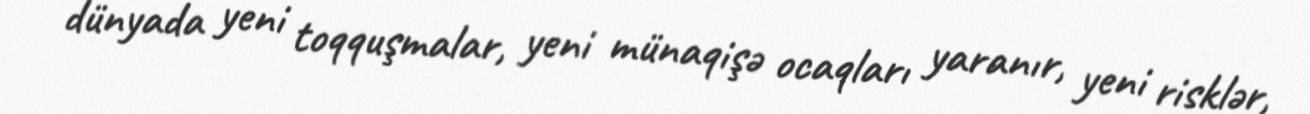
dünyada yeni toqquşmalar, yeni münaqişə ocaqları yaranır, yeni risklər,